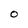
Character: 0